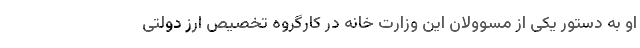
او به دستور یکی از مسوولان این وزارت خانه در کارگروه تخصیص ارز دولتی